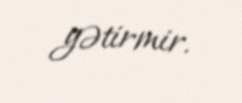
gətirmir.